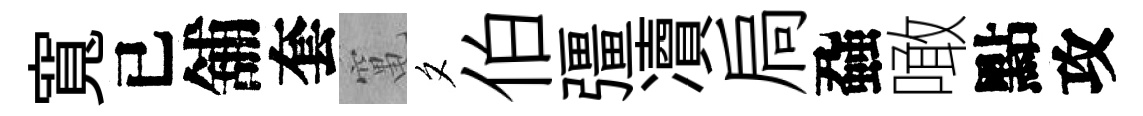
寬已舖套𥧄夕伯彊凟扃蝨噉點攻